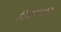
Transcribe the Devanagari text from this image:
विजयगान